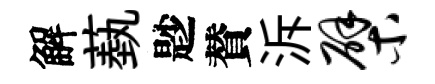
解蓺尟賛泝檗